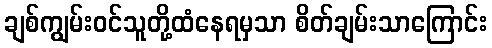
ချစ်ကျွမ်းဝင်သူတို့ထံနေရမှသာ စိတ်ချမ်းသာကြောင်း